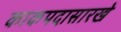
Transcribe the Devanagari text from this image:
काकपदासारखे